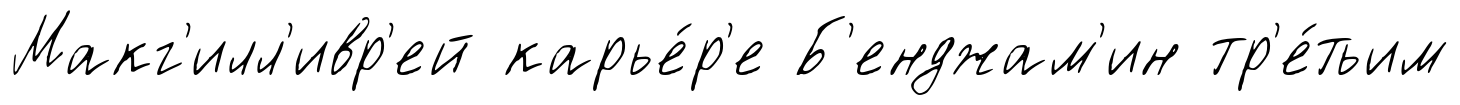
Макг'илл'ивр'ей карье́р'е Б'енджам'ин тр'е́тьим